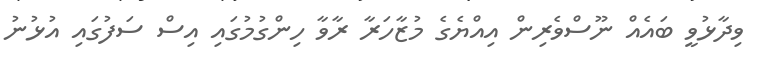
ވިދާޅުވީ ބައެއް ނޫސްވެރިން އިއްޔެގެ މުޒާހަރާ ރާވާ ހިންގުމުގައި އިސް ސަފުގައި އުޅުނު